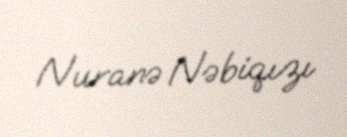
Nuranə Nəbiqızı